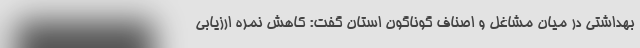
بهداشتی در میان مشاغل و اصناف گوناگون استان گفت: کاهش نمره ارزیابی